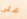
على